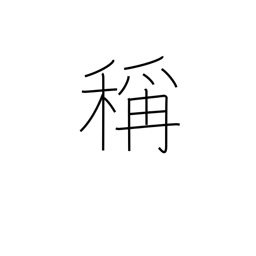
Meaning: brand